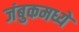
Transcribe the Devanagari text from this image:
जंबुकमध्ये